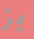
بز